Indian journal of veterinary science and animal husbandry - Volume 13,
Year: 1943
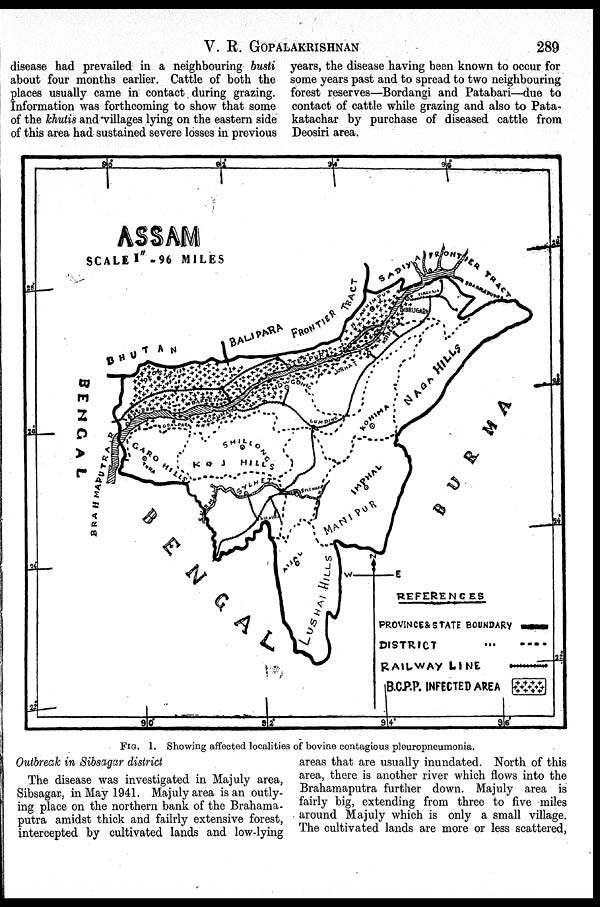
V. R. GOPALAKRISHNAN
289
disease had prevailed in a neighbouring busti
about four months earlier. Cattle of both the
places usually came in contact during grazing.
Information was forthcoming to show that some
of the khutis and villages lying on the eastern side
of this area had sustained severe losses in previous
years, the disease having been known to occur for
some years past and to spread to two neighbouring
forest reserves—Bordangi and Patabari—due to
contact of cattle while grazing and also to Pata-
katachar by purchase of diseased cattle from
Deosiri area.
FIG. 1. Showing affected localities of bovine contagious pleuropneumonia.
Outbreak in Sibsagar district
The disease was investigated in Majuly area,
Sibsagar, in May 1941. Majuly area is an outly-
ing place on the northern bank of the Brahama-
putra amidst thick and failrly extensive forest,
intercepted by cultivated lands and low-lying
areas that are usually inundated. North of this
area, there is another river which flows into the
Brahamaputra further down. Majuly area is
fairly big, extending from three to five miles
around Majuly which is only a small village.
The cultivated lands are more or less scattered,